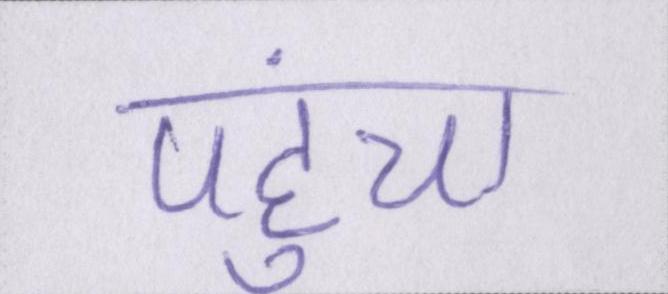
पहुंचा